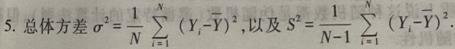
5. 总体方差 $\sigma^{2}=\frac{1}{N} \sum_{i=1}^{N}\left(Y_{i}-\bar{Y}\right)^{2}$, 以及 $S^{2}=\frac{1}{N - 1} \sum_{i=1}^{N}\left(Y_{i}-\bar{Y}\right)^{2}$.